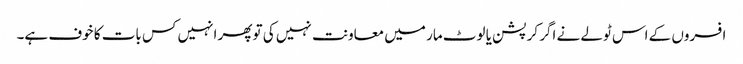
افسروں کے اس ٹولے نے اگر کرپشن یا لوٹ مار میں معاونت نہیں کی تو پھر انہیں کس بات کا خوف ہے۔